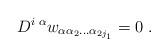
LaTeX: \begin{align*} D^{i\; \alpha}w_{\alpha\alpha_2\ldots\alpha_{2j_1}}=0\;.\end{align*}